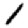
Digit: 1